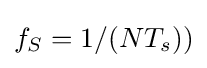
f_{S}=1/(NT_{s}))